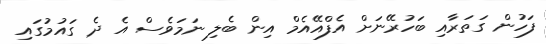
ފަހުން ގަތަރާއި ބަހުރޭނަށް އެފްއޭއެމް އިން ބެލި ނަމަވެސް އެ ދެ ގައުމުގައި